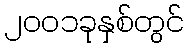
၂၀၀၁ခုနှစ်တွင်